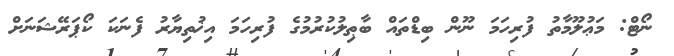
ނޯޓް: މަޢުލޫމާތު ފުރިހަމަ ނޫން ބިޑްތައް ބާޠިލުކުރުމުގެ ފުރިހަމަ އިޚުތިޔާރު ފެނަކަ ކޯޕަރޭޝަނަށް